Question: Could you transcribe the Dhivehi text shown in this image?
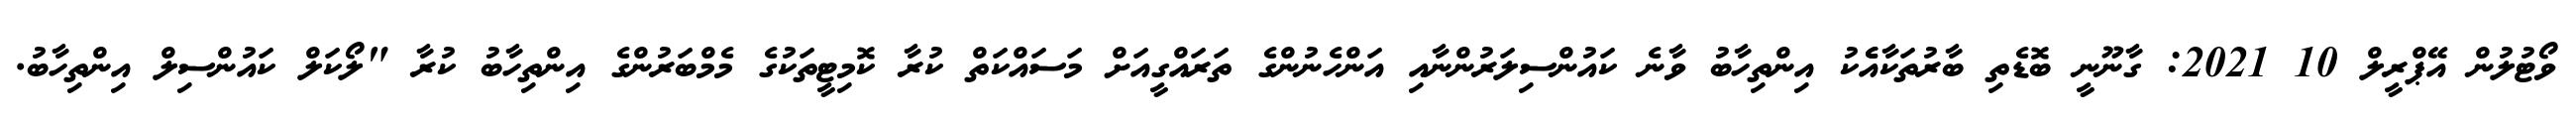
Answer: ވޯޓުލުން އޭޕްރީލް 10 2021: ގާނޫނީ ބޮޑެތި ބާރުތަކާއެެކު އިންތިހާބު ވާނެ ކައުންސިލަރުންނާއި އަންހެނުންގެ ތަރައްގީއަށް މަސައްކަތް ކުރާ ކޮމިޓީތަކުގެ މެމްބަރުންގެ އިންތިހާބު ކުރާ "ލޯކަލް ކައުންސިލް އިންތިހާބު.